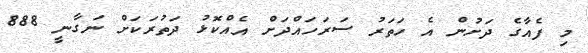
މި ފެއާގެ ދަށުން އެ ހަތަރު ސަރަހައްދަށް އެއްކޮޅު ދަތުރަކަށް ނަގާނީ 888